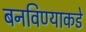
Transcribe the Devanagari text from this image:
बनविण्याकडे